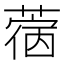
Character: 𰱵